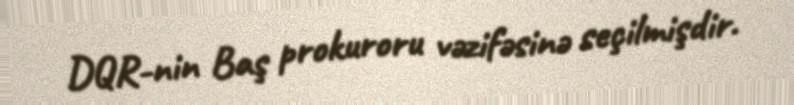
DQR-nin Baş prokuroru vəzifəsinə seçilmişdir.